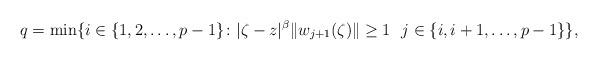
LaTeX: \begin{align*}q=\min\{i\in\{1,2,\ldots,p-1\}\colon|\zeta-z|^{\beta}\|w_{j+1}(\zeta)\|\geq1\ \ j\in\{i,i+1,\ldots,p-1\}\},\end{align*}